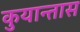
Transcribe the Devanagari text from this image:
कुयान्तास